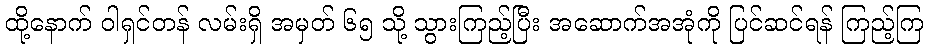
ထို့နောက် ဝါရှင်တန် လမ်းရှိ အမှတ် ၆၅ သို့ သွားကြည့်ပြီး အဆောက်အအုံကို ပြင်ဆင်ရန် ကြည့်ကြ